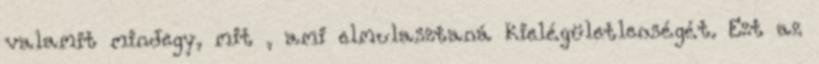
valamit mindegy, mit , ami elmulasztaná kielégületlenségét. Ezt az